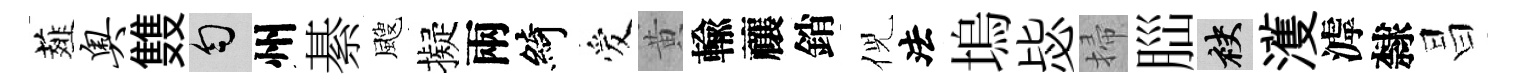
薤奥䨇匀州綦颼擬兩綺爱黄輸禳銷倪法塢毖掃𦛁袂濩滹隸昌